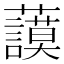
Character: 𧄲